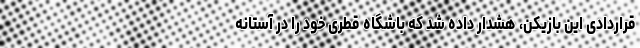
قراردادی این بازیکن، هشدار داده شد که باشگاه قطری خود را در آستانه